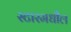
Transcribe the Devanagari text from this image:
स्टारमधील